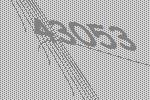
43053